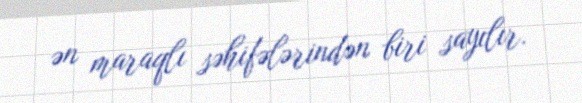
ən maraqlı səhifələrindən biri sayılır.